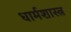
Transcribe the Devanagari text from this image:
धार्मशास्त्र